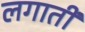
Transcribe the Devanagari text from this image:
लगातीं